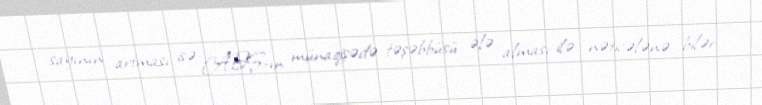
sayının artması isə ABŞ-ın münaqişədə təşəbbüsü ələ alması ilə nəticələnə bilər